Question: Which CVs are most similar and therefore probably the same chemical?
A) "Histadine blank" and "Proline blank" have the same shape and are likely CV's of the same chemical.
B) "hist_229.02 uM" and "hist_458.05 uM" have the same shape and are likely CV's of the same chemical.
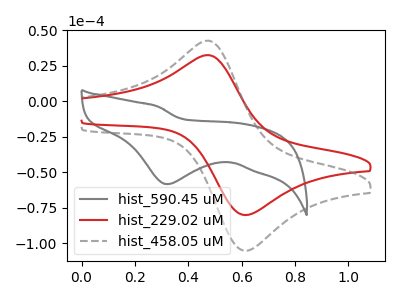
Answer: <think>The gray curve "hist_590.45 uM" has a cathodic peak at: (0.30V, -58.45uA). The red curve "hist_229.02 uM" has an anodic peak at (0.45V, 32.40uA) and a cathodic peak at (0.60V, -80.10uA). The gray dashed curve "hist_458.05 uM" has an anodic peak at (0.45V, 42.60uA) and a cathodic peak at (0.60V, -105.25uA).
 "hist_590.45 uM" and "hist_229.02 uM" have a different number of peaks. "hist_590.45 uM" and "hist_458.05 uM" have a different number of peaks. All the peaks in "hist_229.02 uM" have a peak in "hist_458.05 uM" at the same potential. Every peak in "hist_229.02 uM" is lower than every peak in "hist_458.05 uM".</think>
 <answer>B) "hist_229.02 uM" and "hist_458.05 uM" have the same shape and are likely CV's of the same chemical.</answer>
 <eval>B</eval>